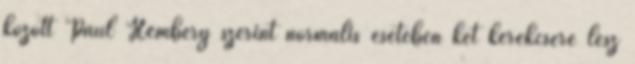
között Paul Hembery szerint normális esetében két kerékcsere lesz